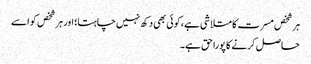
ہر شخص مسرت کا متلاشی ہے، کوئی بھی دکھ نہیں چاہتا؛ اور ہر شخص کو اسے
حاصل کرنے کا پورا حق ہے۔